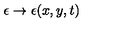
\epsilon \to \epsilon ( x , y , t )